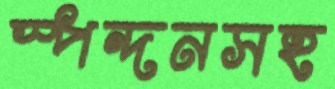
স্পন্দনসহ